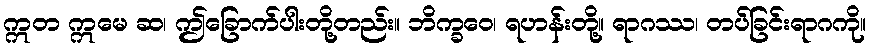
ဣတ ဣမေ ဆ၊ ဤခြောက်ပါးတို့တည်း။ ဘိက္ခဝေ၊ ရဟန်းတို့။ ရာဂဿ၊ တပ်ခြင်းရာဂကို။